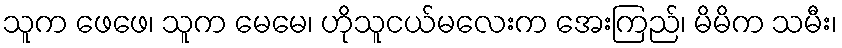
သူက ဖေဖေ၊ သူက မေမေ၊ ဟိုသူငယ်မလေးက အေးကြည်၊ မိမိက သမီး၊